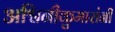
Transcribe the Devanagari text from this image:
अश्विनीकुमारांनी